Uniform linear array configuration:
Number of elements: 4
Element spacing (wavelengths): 1
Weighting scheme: blackman
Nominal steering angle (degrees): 45
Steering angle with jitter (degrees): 44.761
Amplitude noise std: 0.05
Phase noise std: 0.05

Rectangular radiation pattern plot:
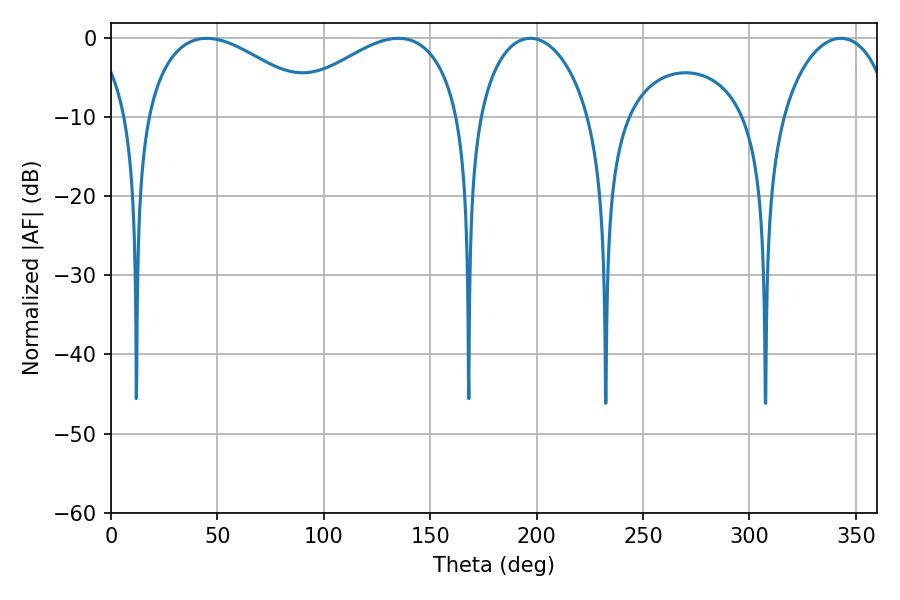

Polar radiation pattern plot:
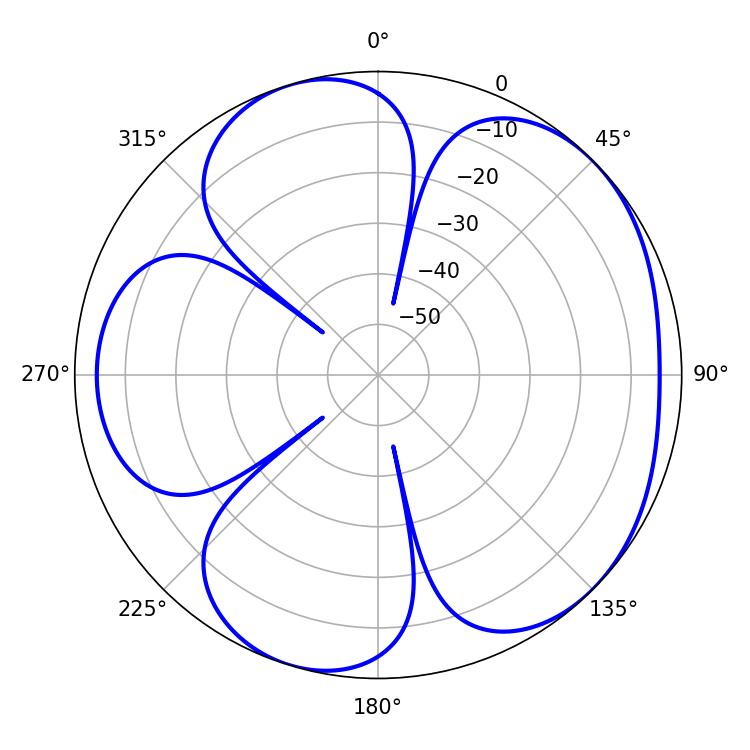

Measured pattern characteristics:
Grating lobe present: TRUE
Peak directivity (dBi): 4.928
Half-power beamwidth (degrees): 45.72
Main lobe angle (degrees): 45